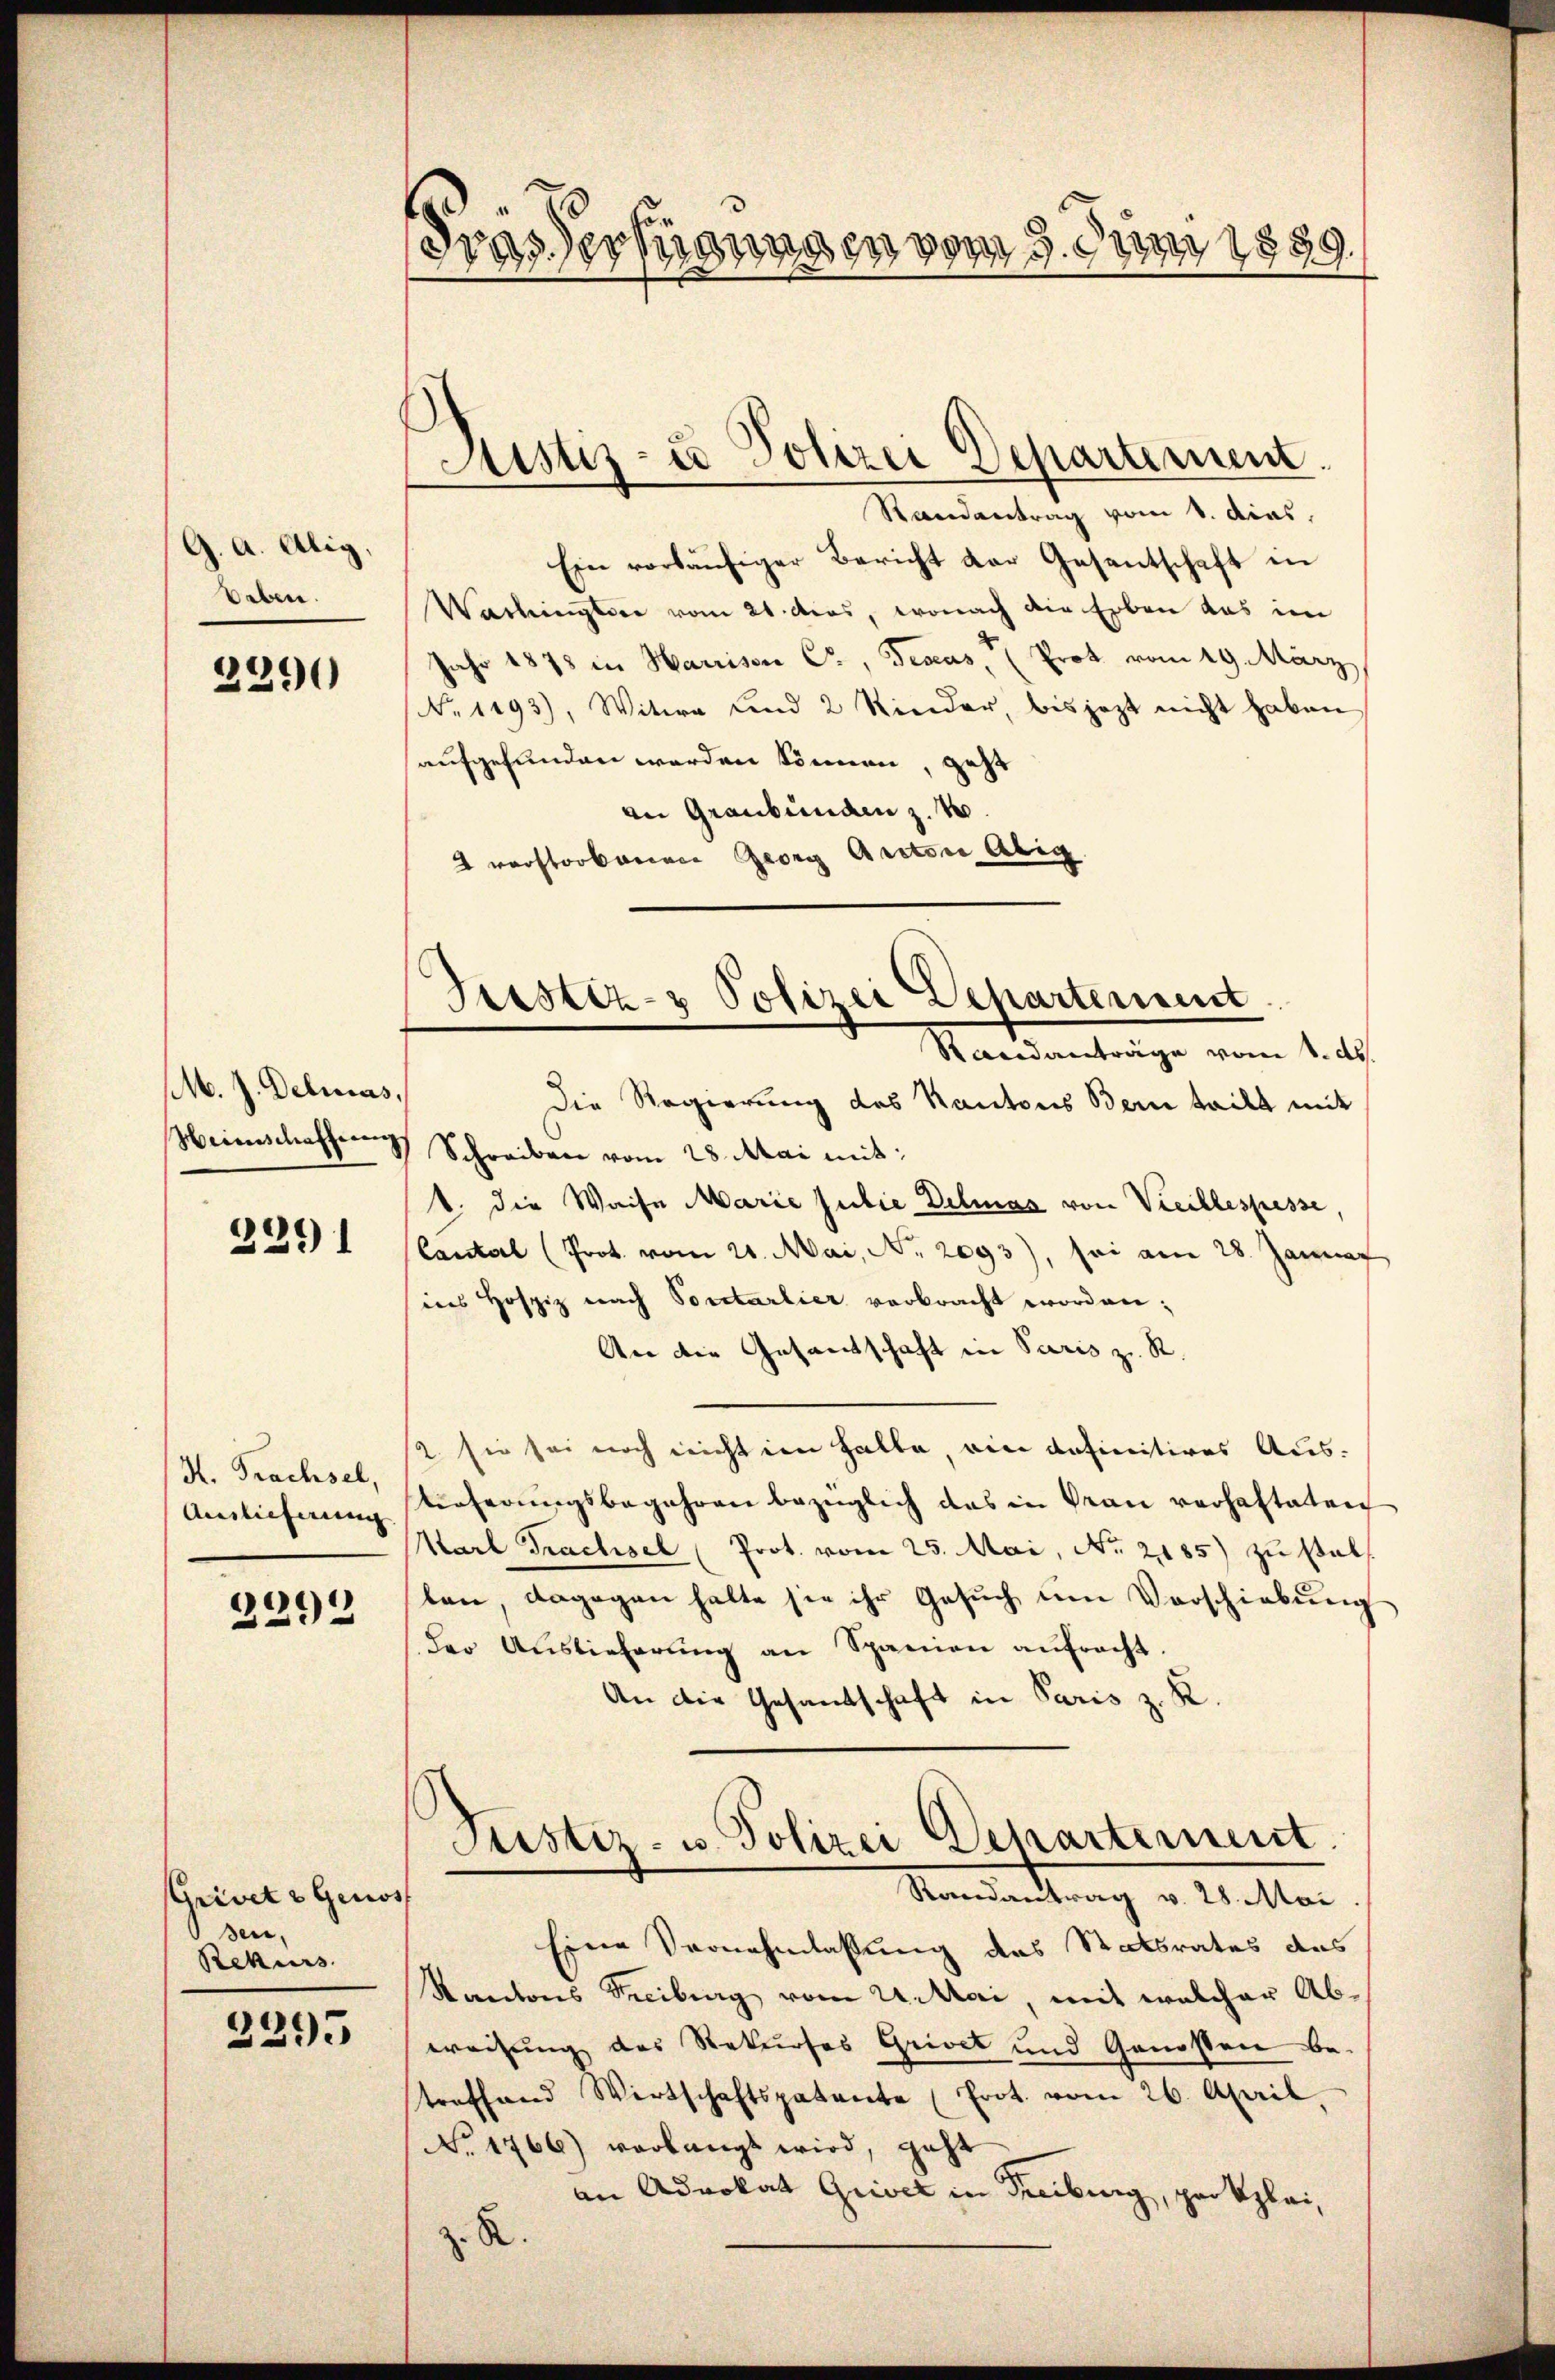
G. A. Alig,
Beben.
2290

M. J. Delias,
Weinschaffung

2291

H. Prachsel,
Auslieferung

2292

Grivets Genos
sen,
Rekurs

2295

.
Fras Verfügungen vom 9. Juni 1859.

Justiz- u. Polizei Departement.

Randantrag vom 1. dias.
Ein vorläŭfiger Bericht der Gesantschaft in
Washingesie vom 21. das, wonach die Erben das im
Jahr 1875 in Harrison Cr, Geseas  Prot vom 29. März
No 1293), Witwe und 2 Rinder, bis jezt nicht haben
aufgefunden werden können geht
an Graubünden z. B.
 verstorborene Georg Aector Abig

Justiz- & Polizei Departement
Randanträge vom 1. ds.

Die Regierung des Kantons Bern teilt mit
Schreiben vom 28. Mai mit:
1. die Waise Marie subie Delias von Viellespasse,
Cantal (Prot. vom 21. Mai, No. 2093), sei am 28. Januar
ins Hospiz nach Portarlier verbracht worden;
An die Gesantschaft in Paris zu R.
2. sie sei noch nicht im halte, ein definitives Aus-
tieferungsbegehren bezüglich das in Frau verhafteten
Karl Trachsel (Prot. vom 25. Mai, No. 2185) zu stellen, dagegen halte sie ihr Gesŭch ŭm Verschiebŭng
der Auslieferŭng an Spanien anfracht.
An die Gesandtschaft in Paris z. K.
Justiz- u. Polizei Departement.
Randantrag v. 28. Mai
Eine Vernehmlassung des Statsrates das
Kantons Freiburg vom 21. Mai, mit welcher Ab-
ereitung des Rekurses Grivet und Genossen be-
treffend Wirtschaftspatente (Frot. vom 26. April.
No. 1766) verlangt wird, geht
an Advokat Grivet in Freiburg, prokzlei,
R.
.